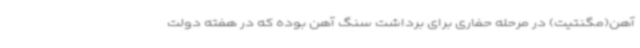
آهن(مگنتیت) در مرحله حفاری برای برداشت سنگ آهن بوده که در هفته دولت